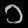
Digit: ၁